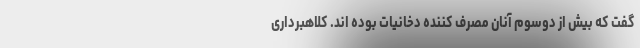
گفت که بیش از دوسوم آنان مصرف‌ کننده دخانیات بوده اند. کلاهبرداری